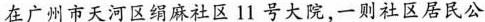
在广州市天河区绢麻社区11号大院，一则社区居民公